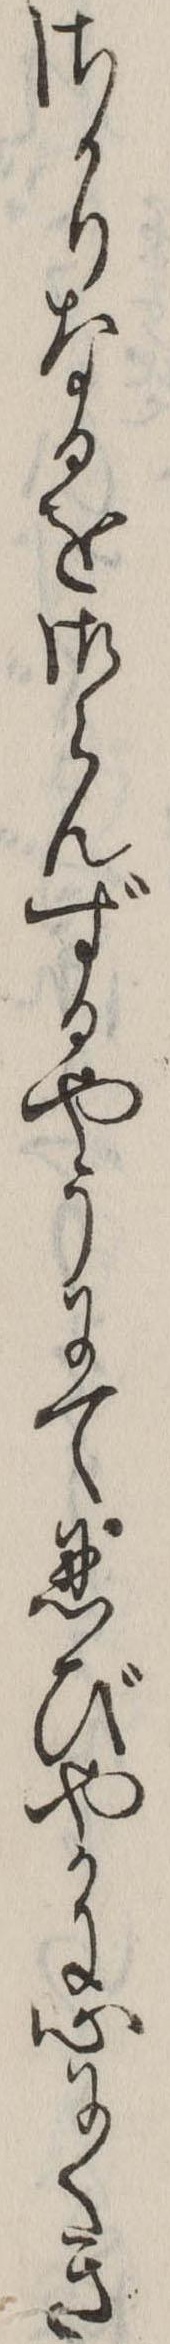
さかりなるを御らんずるやうにて忍びやかに心にくき